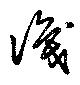
識